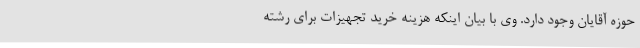
حوزه آقایان وجود دارد. وی با بیان اینکه هزینه خرید تجهیزات برای رشته